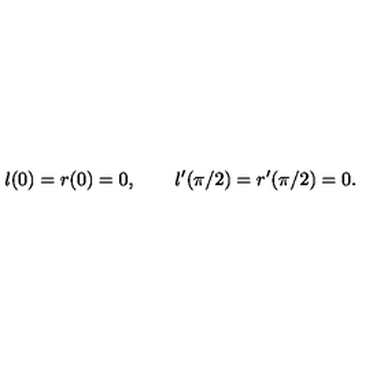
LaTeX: l ( 0 ) = r ( 0 ) = 0 , \qquad l ^ { \prime } ( \pi / 2 ) = r ^ { \prime } ( \pi / 2 ) = 0 .